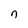
Character: n